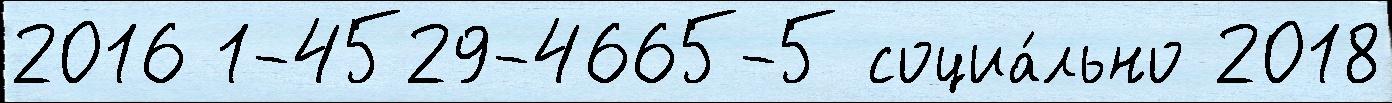
2016 1-4529-4665-5 социа́льно 2018